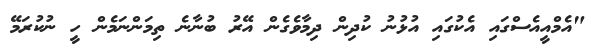
"އެމްއީއެސްގައި އެކުގައި އުޅުނު ކުދިން ދިމާވެގެން އޭރު ބުނާނެ ތިމަންނަމެން ހީ ނުކުރަމޭ